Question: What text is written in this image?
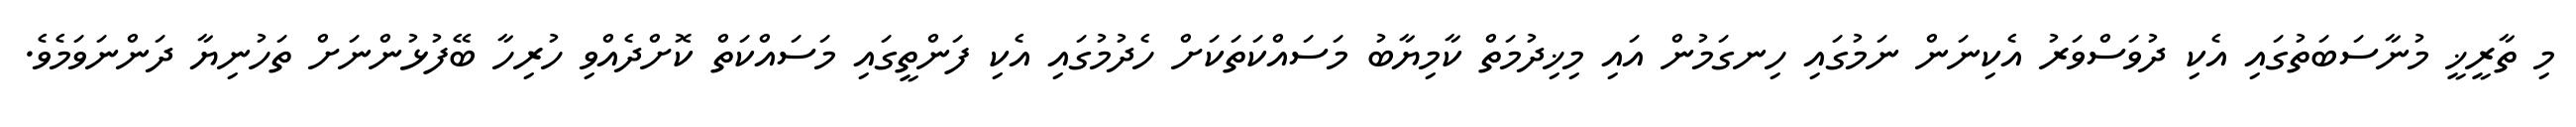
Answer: މި ތާރީޚީ މުނާސަބަތުގައި އެކި ދުވަސްވަރު އެކިނަން ނަމުގައި ހިނގަމުން އައި މިޚިދުމަތް ކާމިޔާބު މަސައްކަތަކަށް ހެދުމުގައި އެކި ފަންތީގައި މަސައްކަތް ކޮށްދެއްވި ހުރިހާ ބޭފުޅުންނަށް ތަހުނިޔާ ދަންނަވަމެވެ.